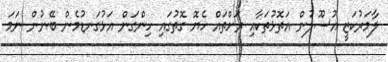
ލާމަރުކަޒީ އުސޫލުން އަތޮޅުތަކާއި ރަށްތައް ހެޔޮ ގޮތުގައި ހިންގަން އަޅުގަނޑުމެން ބޭނުން ނަމަ